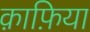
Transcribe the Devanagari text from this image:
क़ाफ़िया